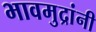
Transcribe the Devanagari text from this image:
भावमुद्रांनी